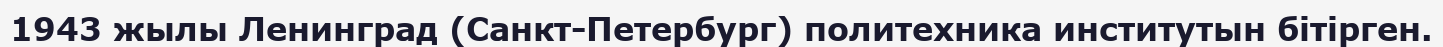
1943 жылы Ленинград (Санкт-Петербург) политехника институтын бітірген.